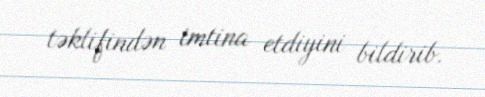
təklifindən imtina etdiyini bildirib.